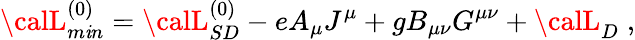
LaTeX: {\calL}_{m\mathit{i}n}^{(0)}={\calL}_{SD}^{(0)}-eA_{\mu}J^{\mu}+gB_{\mu\nu}G^{\mu\nu}+{\calL}_{D}\; ,